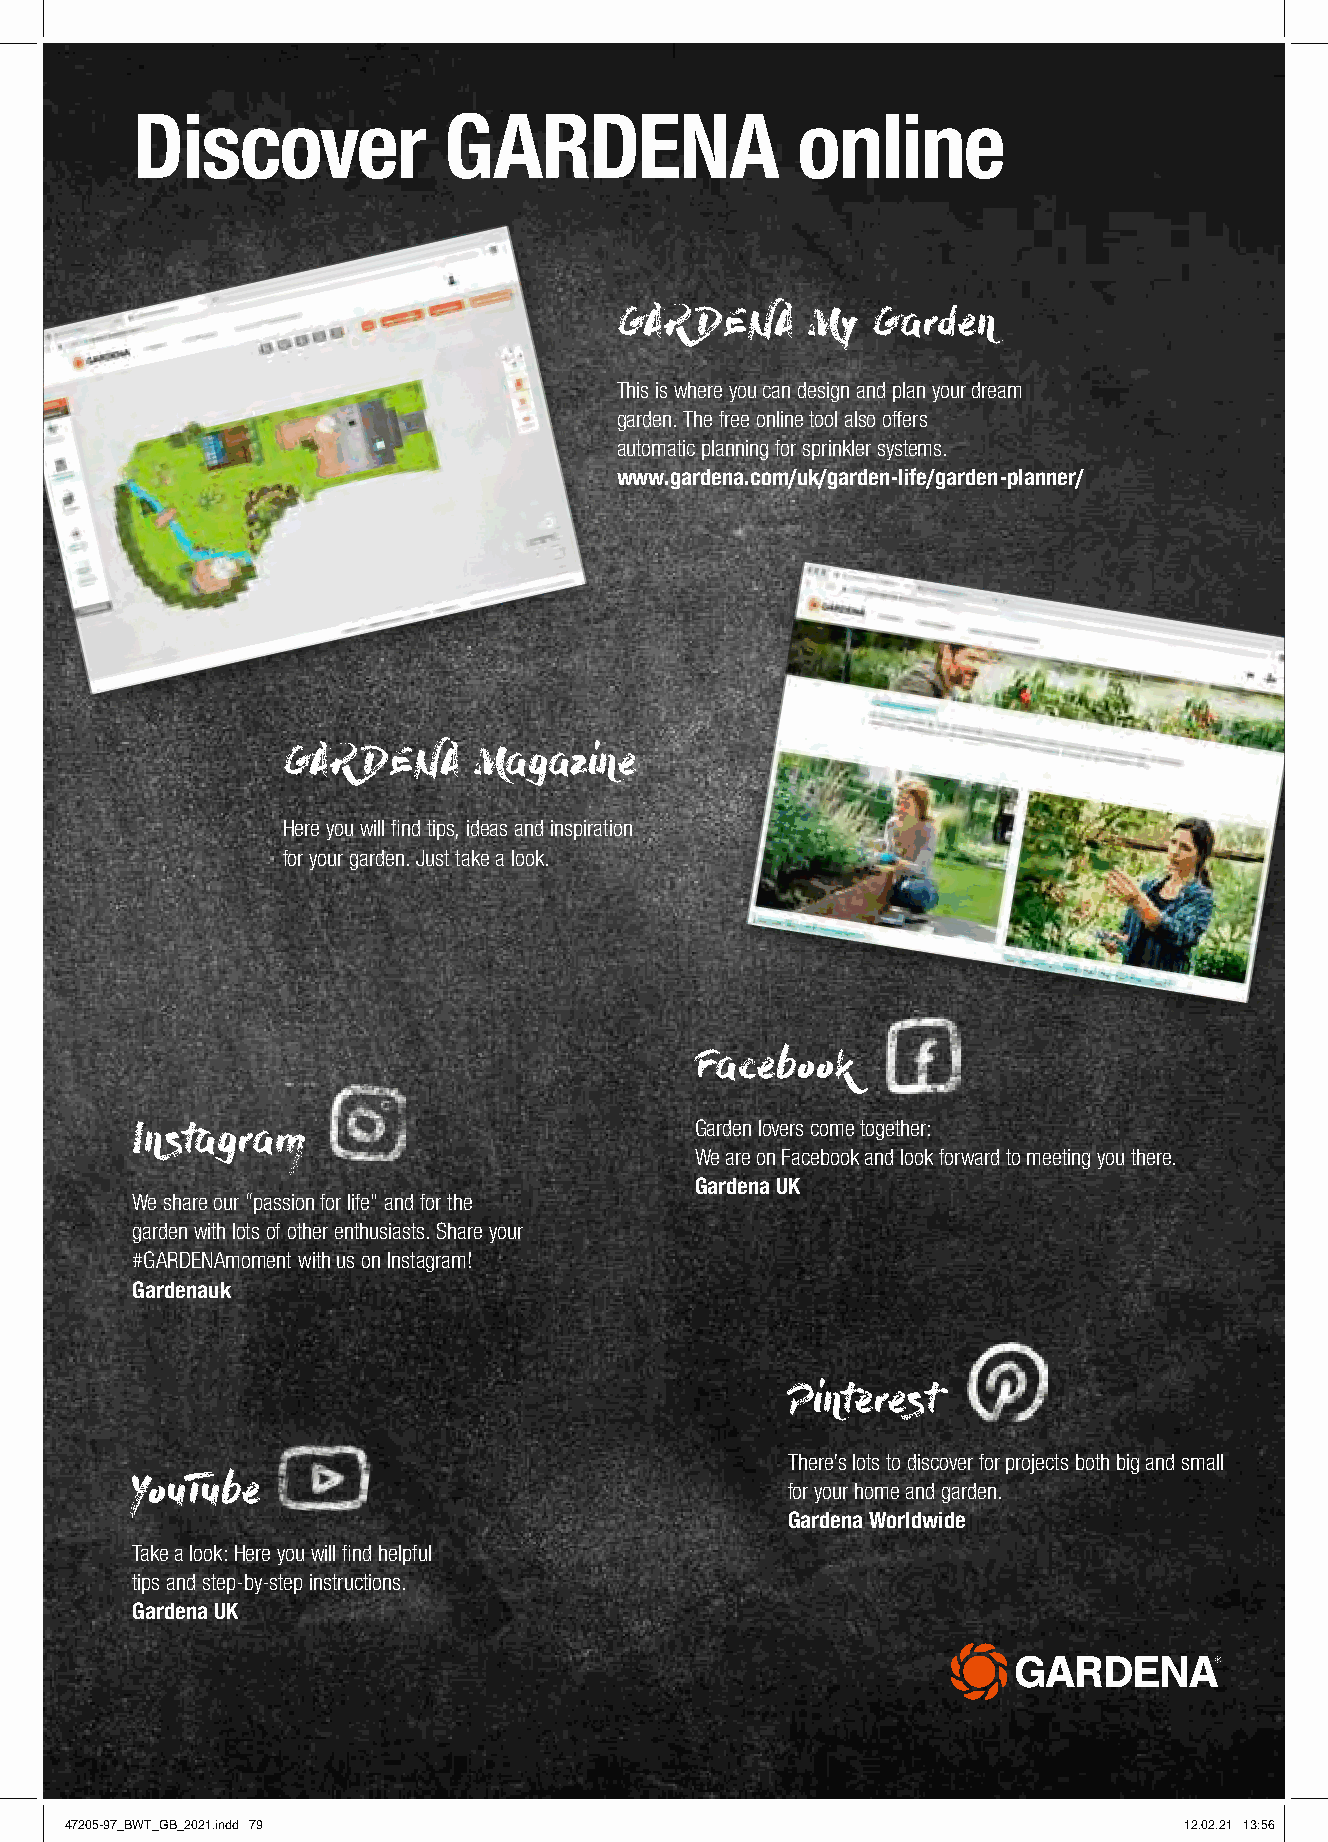
Discover            GARDENA                 online
 GARDENA     My   Garden
 This is where you can design and plan your dream
 garden. The free online tool also offers
 automatic planning for sprinkler systems.
 www.gardena.com/uk/garden-life/garden-planner/
 GARDENA     Magazine
 Here you will find tips, ideas and inspiration
 for your garden. Just take a look.
 Facebook
 Garden lovers come together:
 Instagram
 We are on Facebook and look forward to meeting you there.
 Gardena UK
 We share our “passion for life” and for the
 garden with lots of other enthusiasts. Share your
 #GARDENAmoment with us on Instagram!
 Gardenauk
 Pinterest
 There’s lots to discover for projects both big and small
 for your home and garden.
 YouTube
 Gardena Worldwide
 Take a look: Here you will find helpful
 tips and step-by-step instructions.
 Gardena UK
 79
 47205-97_BWT_GB_2021.indd 79                                              12.02.21 13:56